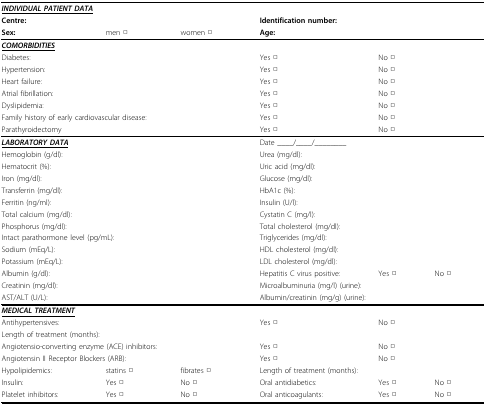
<table><thead><tr><td colspan="6"><b><i><underline>INDIVIDUAL PATIENT DATA</underline></i></b></td></tr><tr><td colspan="3"><b>Centre:</b></td><td colspan="3"><b>Identification number:</b></td></tr><tr><td><b>Sex:</b></td><td><b>men □</b></td><td><b>women □</b></td><td colspan="3"><b>Age:</b></td></tr></thead><tbody><tr><td colspan="6"><b><i><underline>COMORBIDITIES</underline></i></b></td></tr><tr><td colspan="3">Diabetes:</td><td>Yes □</td><td colspan="2">No □</td></tr><tr><td colspan="3">Hypertension:</td><td>Yes □</td><td colspan="2">No □</td></tr><tr><td colspan="3">Heart failure:</td><td>Yes □</td><td colspan="2">No □</td></tr><tr><td colspan="3">Atrial fibrillation:</td><td>Yes □</td><td colspan="2">No □</td></tr><tr><td colspan="3">Dyslipidemia:</td><td>Yes □</td><td colspan="2">No □</td></tr><tr><td colspan="3">Family history of early cardiovascular disease:</td><td>Yes □</td><td colspan="2">No □</td></tr><tr><td colspan="3">Parathyroidectomy</td><td>Yes □</td><td colspan="2">No □</td></tr><tr><td colspan="3"><b><i><underline>LABORATORY DATA</underline></i></b></td><td colspan="3">Date ____/____/________</td></tr><tr><td colspan="3">Hemoglobin (g/dl):</td><td colspan="3">Urea (mg/dl):</td></tr><tr><td colspan="3">Hematocrit (%):</td><td colspan="3">Uric acid (mg/dl):</td></tr><tr><td colspan="3">Iron (mg/dl):</td><td colspan="3">Glucose (mg/dl):</td></tr><tr><td colspan="3">Transferrin (mg/dl):</td><td colspan="3">HbA1c (%):</td></tr><tr><td colspan="3">Ferritin (ng/ml):</td><td colspan="3">Insulin (U/l):</td></tr><tr><td colspan="3">Total calcium (mg/dl):</td><td colspan="3">Cystatin C (mg/l):</td></tr><tr><td colspan="3">Phosphorus (mg/dl):</td><td colspan="3">Total cholesterol (mg/dl):</td></tr><tr><td colspan="3">Intact parathormone level (pg/mL):</td><td colspan="3">Triglycerides (mg/dl):</td></tr><tr><td colspan="3">Sodium (mEq/L):</td><td colspan="3">HDL cholesterol (mg/dl):</td></tr><tr><td colspan="3">Potassium (mEq/L):</td><td colspan="3">LDL cholesterol (mg/dl):</td></tr><tr><td colspan="3">Albumin (g/dl):</td><td>Hepatitis C virus positive:</td><td>Yes □</td><td>No □</td></tr><tr><td colspan="3">Creatinin (mg/dl):</td><td colspan="3">Microalbuminuria (mg/l) (urine):</td></tr><tr><td colspan="3">AST/ALT (U/L):</td><td colspan="3">Albumin/creatinin (mg/g) (urine):</td></tr><tr><td colspan="6"><b><i><underline>MEDICAL TREATMENT</underline></i></b></td></tr><tr><td colspan="3">Antihypertensives:</td><td>Yes □</td><td colspan="2">No □</td></tr><tr><td colspan="6">Length of treatment (months):</td></tr><tr><td colspan="3">Angiotensio-converting enzyme (ACE) inhibitors:</td><td>Yes □</td><td colspan="2">No □</td></tr><tr><td colspan="3">Angiotensin II Receptor Blockers (ARB):</td><td>Yes □</td><td colspan="2">No □</td></tr><tr><td>Hypolipidemics:</td><td>statins □</td><td>fibrates □</td><td colspan="3">Length of treatment (months):</td></tr><tr><td>Insulin:</td><td>Yes □</td><td>No □</td><td>Oral antidiabetics:</td><td>Yes □</td><td>No □</td></tr><tr><td>Platelet inhibitors:</td><td>Yes □</td><td>No □</td><td>Oral anticoagulants:</td><td>Yes □</td><td>No □</td></tr></tbody></table>